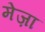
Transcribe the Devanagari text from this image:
मेज़ा